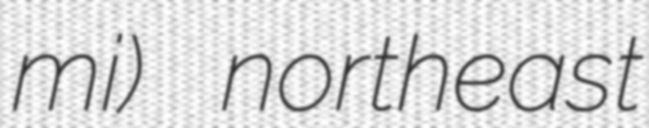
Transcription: mi) northeast